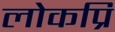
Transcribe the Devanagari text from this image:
लोकप्रि